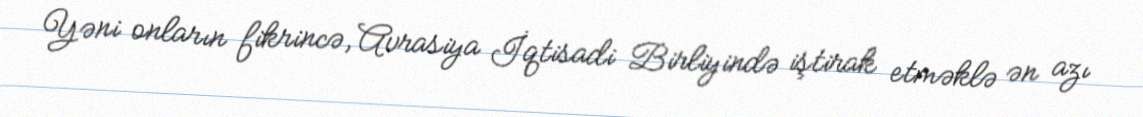
Yəni onların fikrincə, Avrasiya İqtisadi Birliyində iştirak etməklə ən azı